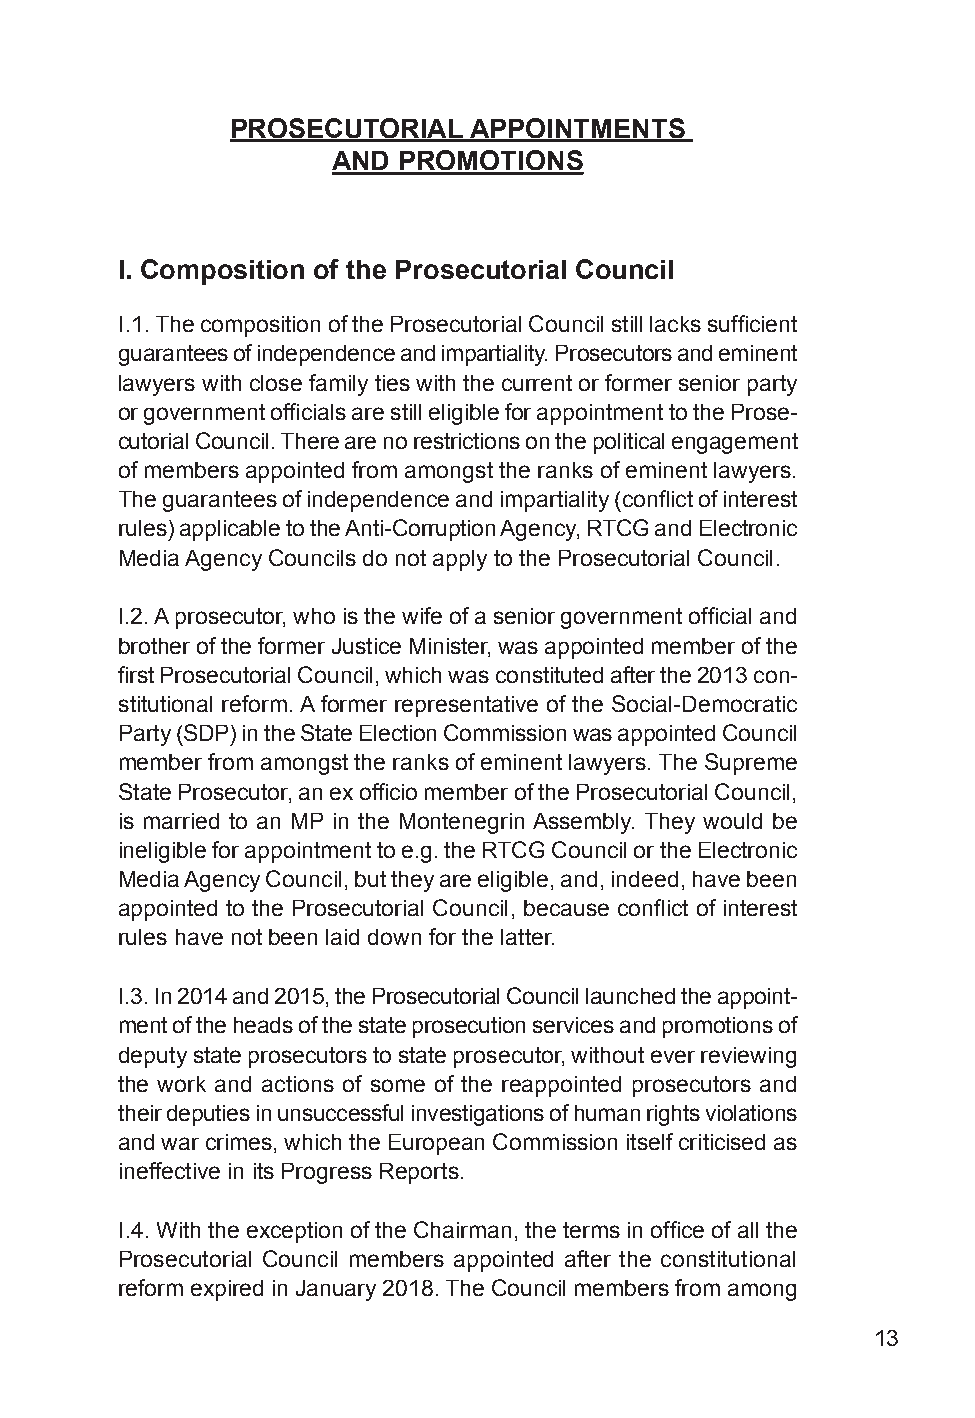
PROSECUTORIAL   APPOINTMENTS
 AND PROMOTIONS
 I. Composition of the Prosecutorial Council
 I.1. The composition of the Prosecutorial Council still lacks sufficient
 guarantees of independence and impartiality. Prosecutors and eminent
 lawyers with close family ties with the current or former senior party
 or government officials are still eligible for appointment to the Prose-
 cutorial Council. There are no restrictions on the political engagement
 of members appointed from amongst the ranks of eminent lawyers.
 The guarantees of independence and impartiality (conflict of interest
 rules) applicable to the Anti-Corruption Agency, RTCG and Electronic
 Media Agency Councils do not apply to the Prosecutorial Council.
 I.2. A prosecutor, who is the wife of a senior government official and
 brother of the former Justice Minister, was appointed member of the
 first Prosecutorial Council, which was constituted after the 2013 con-
 stitutional reform. A former representative of the Social-Democratic
 Party (SDP) in the State Election Commission was appointed Council
 member from amongst the ranks of eminent lawyers. The Supreme
 State Prosecutor, an ex officio member of the Prosecutorial Council,
 is married to an MP in the Montenegrin Assembly. They would be
 ineligible for appointment to e.g. the RTCG Council or the Electronic
 Media Agency Council, but they are eligible, and, indeed, have been
 appointed to the Prosecutorial Council, because conflict of interest
 rules have not been laid down for the latter.
 I.3. In 2014 and 2015, the Prosecutorial Council launched the appoint-
 ment of the heads of the state prosecution services and promotions of
 deputy state prosecutors to state prosecutor, without ever reviewing
 the work and actions of some of the reappointed prosecutors and
 their deputies in unsuccessful investigations of human rights violations
 and war crimes, which the European Commission itself criticised as
 ineffective in its Progress Reports.
 I.4. With the exception of the Chairman, the terms in office of all the
 Prosecutorial Council members appointed after the constitutional
 reform expired in January 2018. The Council members from among
 13